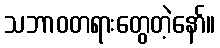
သဘာဝတရားတွေတဲ့နော်။